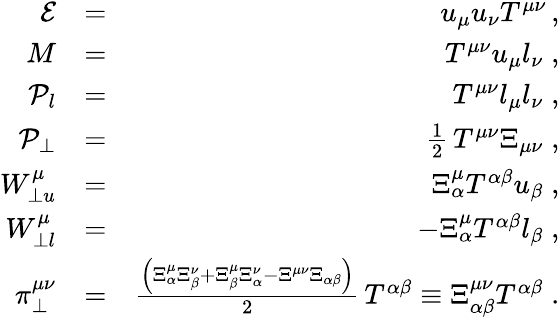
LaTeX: \begin{array}{rlr}{\mathcal{E}}&{=}&{u_{\mu}u_{\nu}T^{\mu\nu}\, ,}\\ {M}&{=}&{T^{\mu\nu}u_{\mu}l_{\nu}\; ,}\\ {\mathcal{P}_{l}}&{=}&{T^{\mu\nu}l_{\mu}l_{\nu}\; ,}\\ {\mathcal{P}_{\perp}}&{=}&{\frac{1}{2}\, T^{\mu\nu}\Xi_{\mu\nu}\; ,}\\ {W_{\perp u}^{\mu}}&{=}&{\Xi_{\alpha}^{\mu}T^{\alpha\beta}u_{\beta}\; ,}\\ {W_{\perp l}^{\mu}}&{=}&{-\Xi_{\alpha}^{\mu}T^{\alpha\beta}l_{\beta}\; ,}\\ {\pi_{\perp}^{\mu\nu}}&{=}&{\frac{\left(\Xi_{\alpha}^{\mu}\Xi_{\beta}^{\nu}+\Xi_{\beta}^{\mu}\Xi_{\alpha}^{\nu}-\Xi^{\mu\nu}\Xi_{\alpha\beta}\right)}{2}\, T^{\alpha\beta}\equiv\Xi_{\alpha\beta}^{\mu\nu}T^{\alpha\beta}\; .}\end{array}